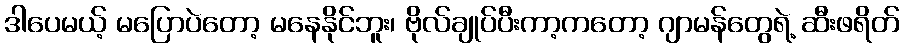
ဒါပေမယ့် မပြောပဲတော့ မနေနိုင်ဘူး၊ ဗိုလ်ချုပ်ပီးကာ့ကတော့ ဂျာမန်တွေရဲ့ ဆီးဖရိတ်